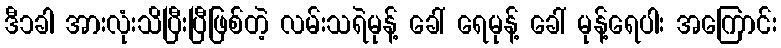
ဒီ၁ခါ အားလုံးသိပြီးပြီဖြစ်တဲ့ လမ်းသရဲမုန့် ခေါ် ရေမုန့် ခေါ် မုန့်ရေပါး အကြောင်း